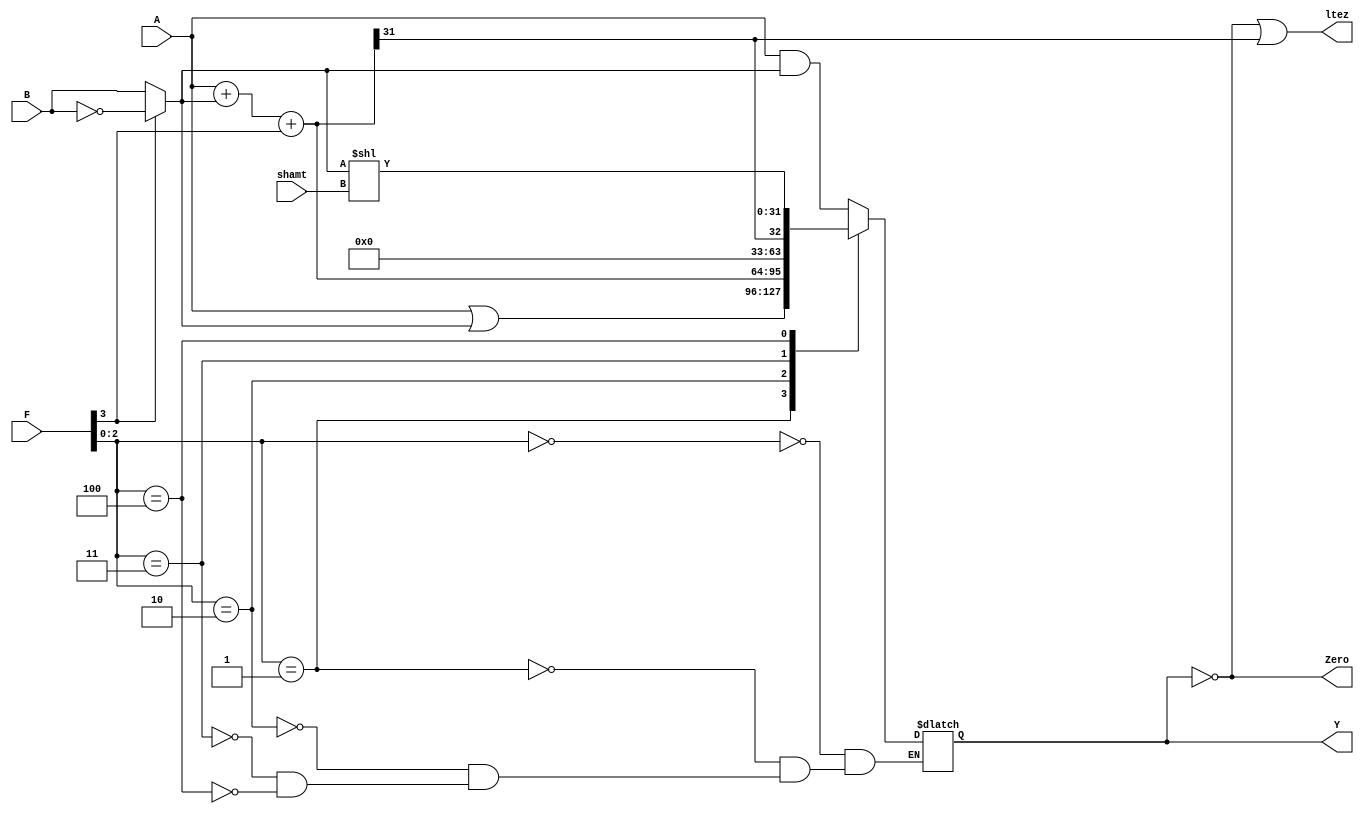
//------------------------------------------------
// alu32.v
// Sarah_Harris@hmc.edu 23 October 2005
// 32-bit ALU used by MIPS single-cycle processor
//------------------------------------------------

`timescale 1ns / 1ps

module alu(	input [31:0] A, B, 
            input [3:0] F, input [4:0] shamt, // SLL 
				output reg [31:0] Y, output Zero, 
				output ltez);  // BLEZ
	
	wire [31:0] S, Bout;
	
	assign Bout = F[3] ? ~B : B;
	assign S = A + Bout + F[3];  // SLL

	always @ ( * )
		case (F[2:0])
			3'b000: Y <= A & Bout;
			3'b001: Y <= A | Bout;
			3'b010: Y <= S;
			3'b011: Y <= S[31];
			3'b100: Y <= (Bout << shamt);  // SLL
		endcase
	
	assign Zero = (Y == 32'b0);
	assign ltez = Zero | S[31];  // BLEZ
	
//	assign Overflow =  A[31]& Bout[31] & ~Y[31] |
//							~A[31] & ~Bout[31] & Y[31];

endmodule